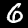
Digit: 6